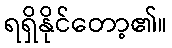
ရရှိနိုင်တော့၏။